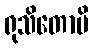
ရုသိတောပိ